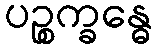
ပဉ္စက္ခန္ဓေ